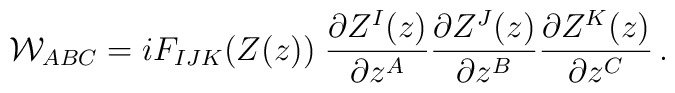
{\cal W}_{ABC} =i  F_{IJK}\big(Z(z)\big) \;{\partial  Z^I(z)\over \partial z^A}  {\partial Z^J(z)\over \partial z^B}{\partial Z^K(z)\over \partial z^C} \,.